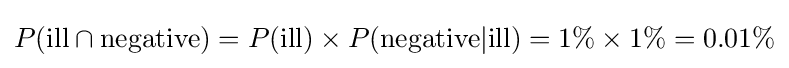
P({\text{ill}}\cap {\text{negative}})=P({\text{ill}})\times P({\text{negative}}|{\text{ill}})=1\%\times 1\%=0.01\%